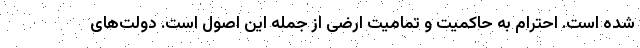
شده است. احترام به حاکمیت و تمامیت ارضی از جمله این اصول است. دولت‌های